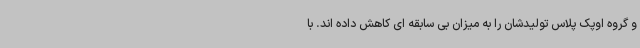
و گروه اوپک پلاس تولیدشان را به میزان بی سابقه ای کاهش داده اند. با